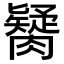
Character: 𦡼